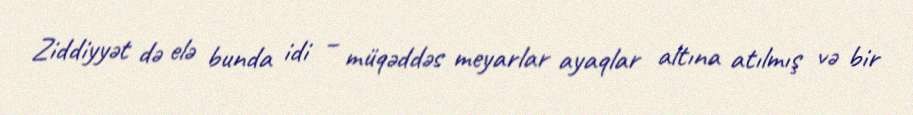
Ziddiyyət də elə bunda idi – müqəddəs meyarlar ayaqlar altına atılmış və bir